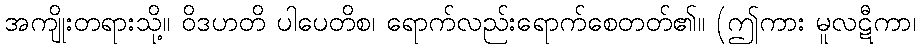
အကျိုးတရားသို့။ ဝိဒဟတိ ပါပေတိစ၊ ရောက်လည်းရောက်စေတတ်၏။ (ဤကား မူလဋီကာ၊